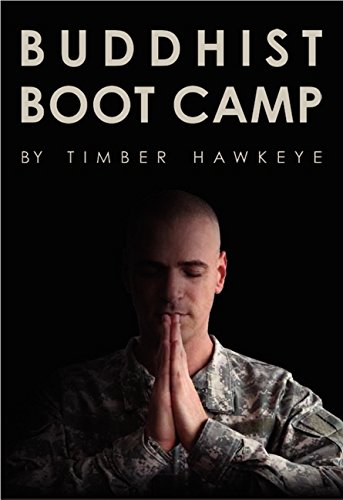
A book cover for Buddhist Boot Camp; Timber Hawkeye; Politics & Social Sciences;